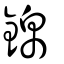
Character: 錦